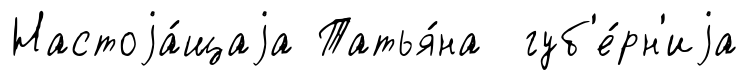
Настоjа́щаjа Татья́на губ'е́рн'иjа